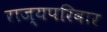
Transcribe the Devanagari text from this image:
राज्यपरिवार